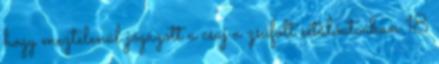
hogy meztelenül jógázott a csaj a zsúfolt sétálóutcában 18